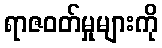
ရာဇဝတ်မှုများကို